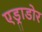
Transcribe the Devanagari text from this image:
एड्राडोर